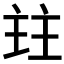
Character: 𰀩